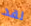
لقد